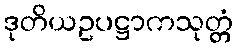
ဒုတိယဥပဋ္ဌာကသုတ္တံ